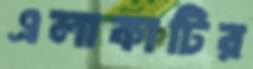
এলাকাটির